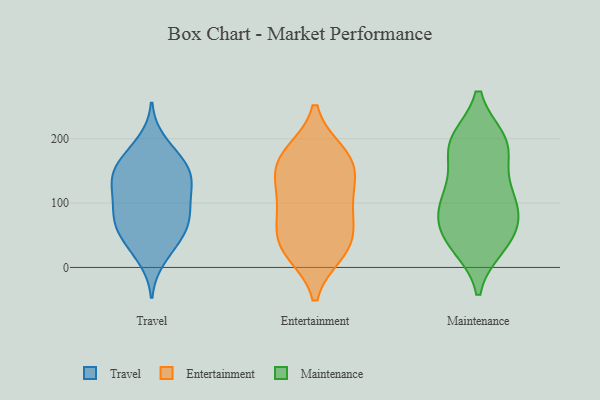
{"axis": {"x": "Waste Production (Tons)", "y": "Value"}, "legend": ["Entertainment", "Maintenance", "Travel"], "data": [{"x": "", "y": 137, "type": "Travel"}, {"x": "", "y": 62, "type": "Travel"}, {"x": "", "y": 59, "type": "Travel"}, {"x": "", "y": 160, "type": "Travel"}, {"x": "", "y": 104, "type": "Travel"}, {"x": "", "y": 109, "type": "Travel"}, {"x": "", "y": 64, "type": "Travel"}, {"x": "", "y": 129, "type": "Travel"}, {"x": "", "y": 84, "type": "Travel"}, {"x": "", "y": 31, "type": "Travel"}, {"x": "", "y": 142, "type": "Travel"}, {"x": "", "y": 196, "type": "Travel"}, {"x": "", "y": 169, "type": "Travel"}, {"x": "", "y": 146, "type": "Travel"}, {"x": "", "y": 77, "type": "Travel"}, {"x": "", "y": 174, "type": "Travel"}, {"x": "", "y": 90, "type": "Travel"}, {"x": "", "y": 13, "type": "Travel"}, {"x": "", "y": 136, "type": "Travel"}, {"x": "", "y": 42, "type": "Travel"}, {"x": "", "y": 39, "type": "Entertainment"}, {"x": "", "y": 176, "type": "Entertainment"}, {"x": "", "y": 105, "type": "Entertainment"}, {"x": "", "y": 157, "type": "Entertainment"}, {"x": "", "y": 155, "type": "Entertainment"}, {"x": "", "y": 81, "type": "Entertainment"}, {"x": "", "y": 93, "type": "Entertainment"}, {"x": "", "y": 137, "type": "Entertainment"}, {"x": "", "y": 27, "type": "Entertainment"}, {"x": "", "y": 24, "type": "Entertainment"}, {"x": "", "y": 46, "type": "Entertainment"}, {"x": "", "y": 177, "type": "Entertainment"}, {"x": "", "y": 190, "type": "Maintenance"}, {"x": "", "y": 195, "type": "Maintenance"}, {"x": "", "y": 103, "type": "Maintenance"}, {"x": "", "y": 197, "type": "Maintenance"}, {"x": "", "y": 127, "type": "Maintenance"}, {"x": "", "y": 42, "type": "Maintenance"}, {"x": "", "y": 37, "type": "Maintenance"}, {"x": "", "y": 77, "type": "Maintenance"}, {"x": "", "y": 174, "type": "Maintenance"}, {"x": "", "y": 101, "type": "Maintenance"}, {"x": "", "y": 197, "type": "Maintenance"}, {"x": "", "y": 57, "type": "Maintenance"}, {"x": "", "y": 34, "type": "Maintenance"}, {"x": "", "y": 77, "type": "Maintenance"}, {"x": "", "y": 112, "type": "Maintenance"}]}